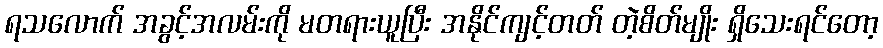
ရသလောက် အခွင့်အလမ်းကို မတရားယူပြီး အနိုင်ကျင့်တတ် တဲ့စိတ်မျိုး ရှိသေးရင်တော့